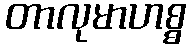
တာလုမာဟစ္စ